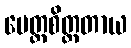
မေတ္တစိတ္တတာယ